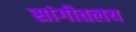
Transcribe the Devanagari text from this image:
सांगीतलय